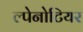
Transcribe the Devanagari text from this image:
ल्पेनोटियर